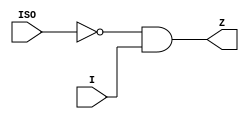
`timescale 1ns/1ps

`celldefine
module ISO_LO (input ISO, I, output Z);
    not (im0, ISO);
    nand (im1, im0, I);
    not (Z, im1);
    specify
        (I => Z) = (0, 0);
        (ISO => Z) = (0, 0);
    endspecify
endmodule
`endcelldefine

`celldefine
module ISO_HI (input ISO, I, output Z);
    or (Z, I, ISO);
    specify
        (I => Z) = (0, 0);
        (ISO => Z) = (0, 0);
    endspecify
endmodule
`endcelldefine